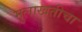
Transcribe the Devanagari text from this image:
मुलाखतीचा